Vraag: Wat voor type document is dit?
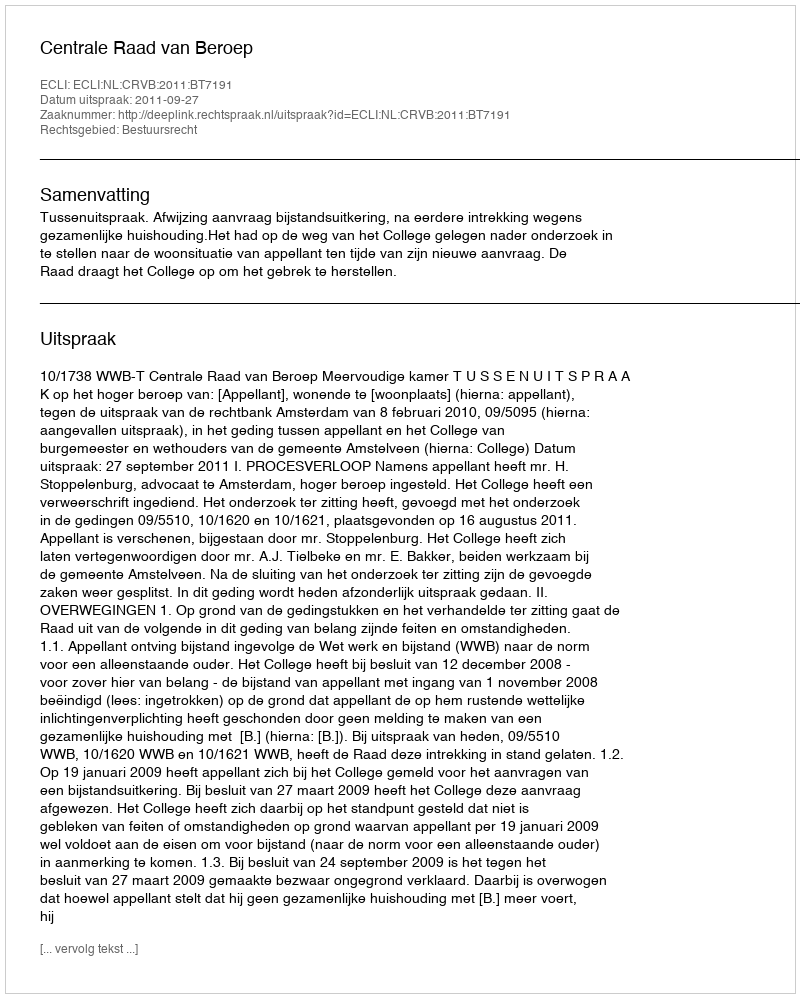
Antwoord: Uitspraak